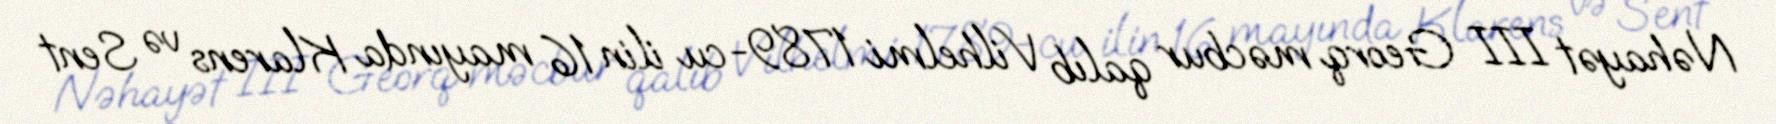
Nəhayət III Georq məcbur qalıb Vilhelmi 1789-cu ilin 16 mayında Klarens və Sent